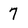
Character: 7